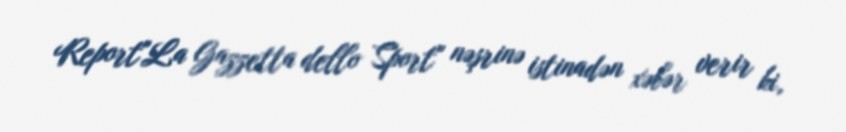
Report"La Gazzetta dello Sport" nəşrinə istinadən xəbər verir ki,